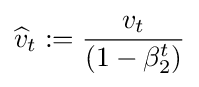
{\widehat {v}}_{t}:={\frac {v_{t}}{(1-\beta _{2}^{t})}}